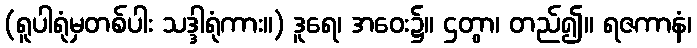
(ရူပါရုံမှတစ်ပါး သဒ္ဒါရုံကား။) ဒူရေ၊ အဝေး၌။ ဌတွာ၊ တည်၍။ ရဇကာနံ၊